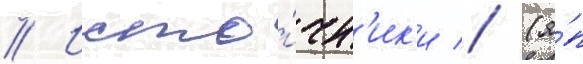
// Исто́чн'ик'и // (я́п